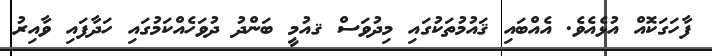
ފާހަގަކޮއް އުޅެއެވެ. އެއްބައި ޤައުމުތަކުގައި މިދުވަސް ޤއުމީ ބަންދު ދުވަހެއްކަމުގައި ހަދާފައި ވާއިރު